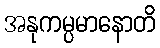
အနုကမ္ပမာနောတိ